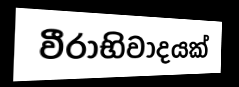
වීරාභිවාදයක්